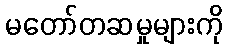
မတော်တဆမှုများကို